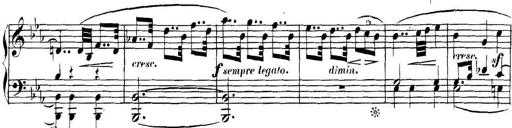
Title: Collected Piano Sonatas
Composer: Muzio Clementi